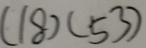
( 1 8 ) ( 5 3 )